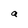
Character: a